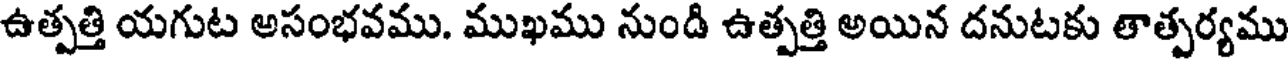
ఉత్పత్తి యగుట అసంభవము. ముఖము నుండి ఉత్పత్తి అయిన దనుటకు తాత్పర్యము